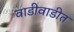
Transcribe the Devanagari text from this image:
वाडीवाडीत